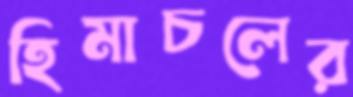
হিমাচলের